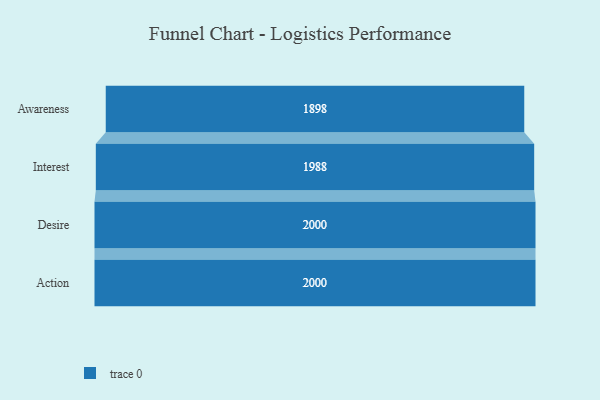
{"axis": {"x": "Stage", "y": "Value"}, "legend": [""], "data": [{"x": "Awareness", "y": 1898.0, "type": ""}, {"x": "Interest", "y": 1988.0, "type": ""}, {"x": "Desire", "y": 2000, "type": ""}, {"x": "Action", "y": 2000, "type": ""}]}